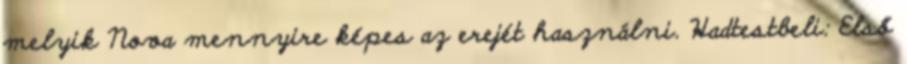
melyik Nova mennyire képes az erejét használni. Hadtestbeli: Első